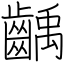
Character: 齲